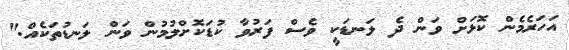
އަހަރެމެން ކޮޅަށް ވަން ދެ ލަނޑަކީ ވެސް ފަރުވާ ކުޑަކޮށްލުމުން ވަން ލަނޑުތަކެއް."